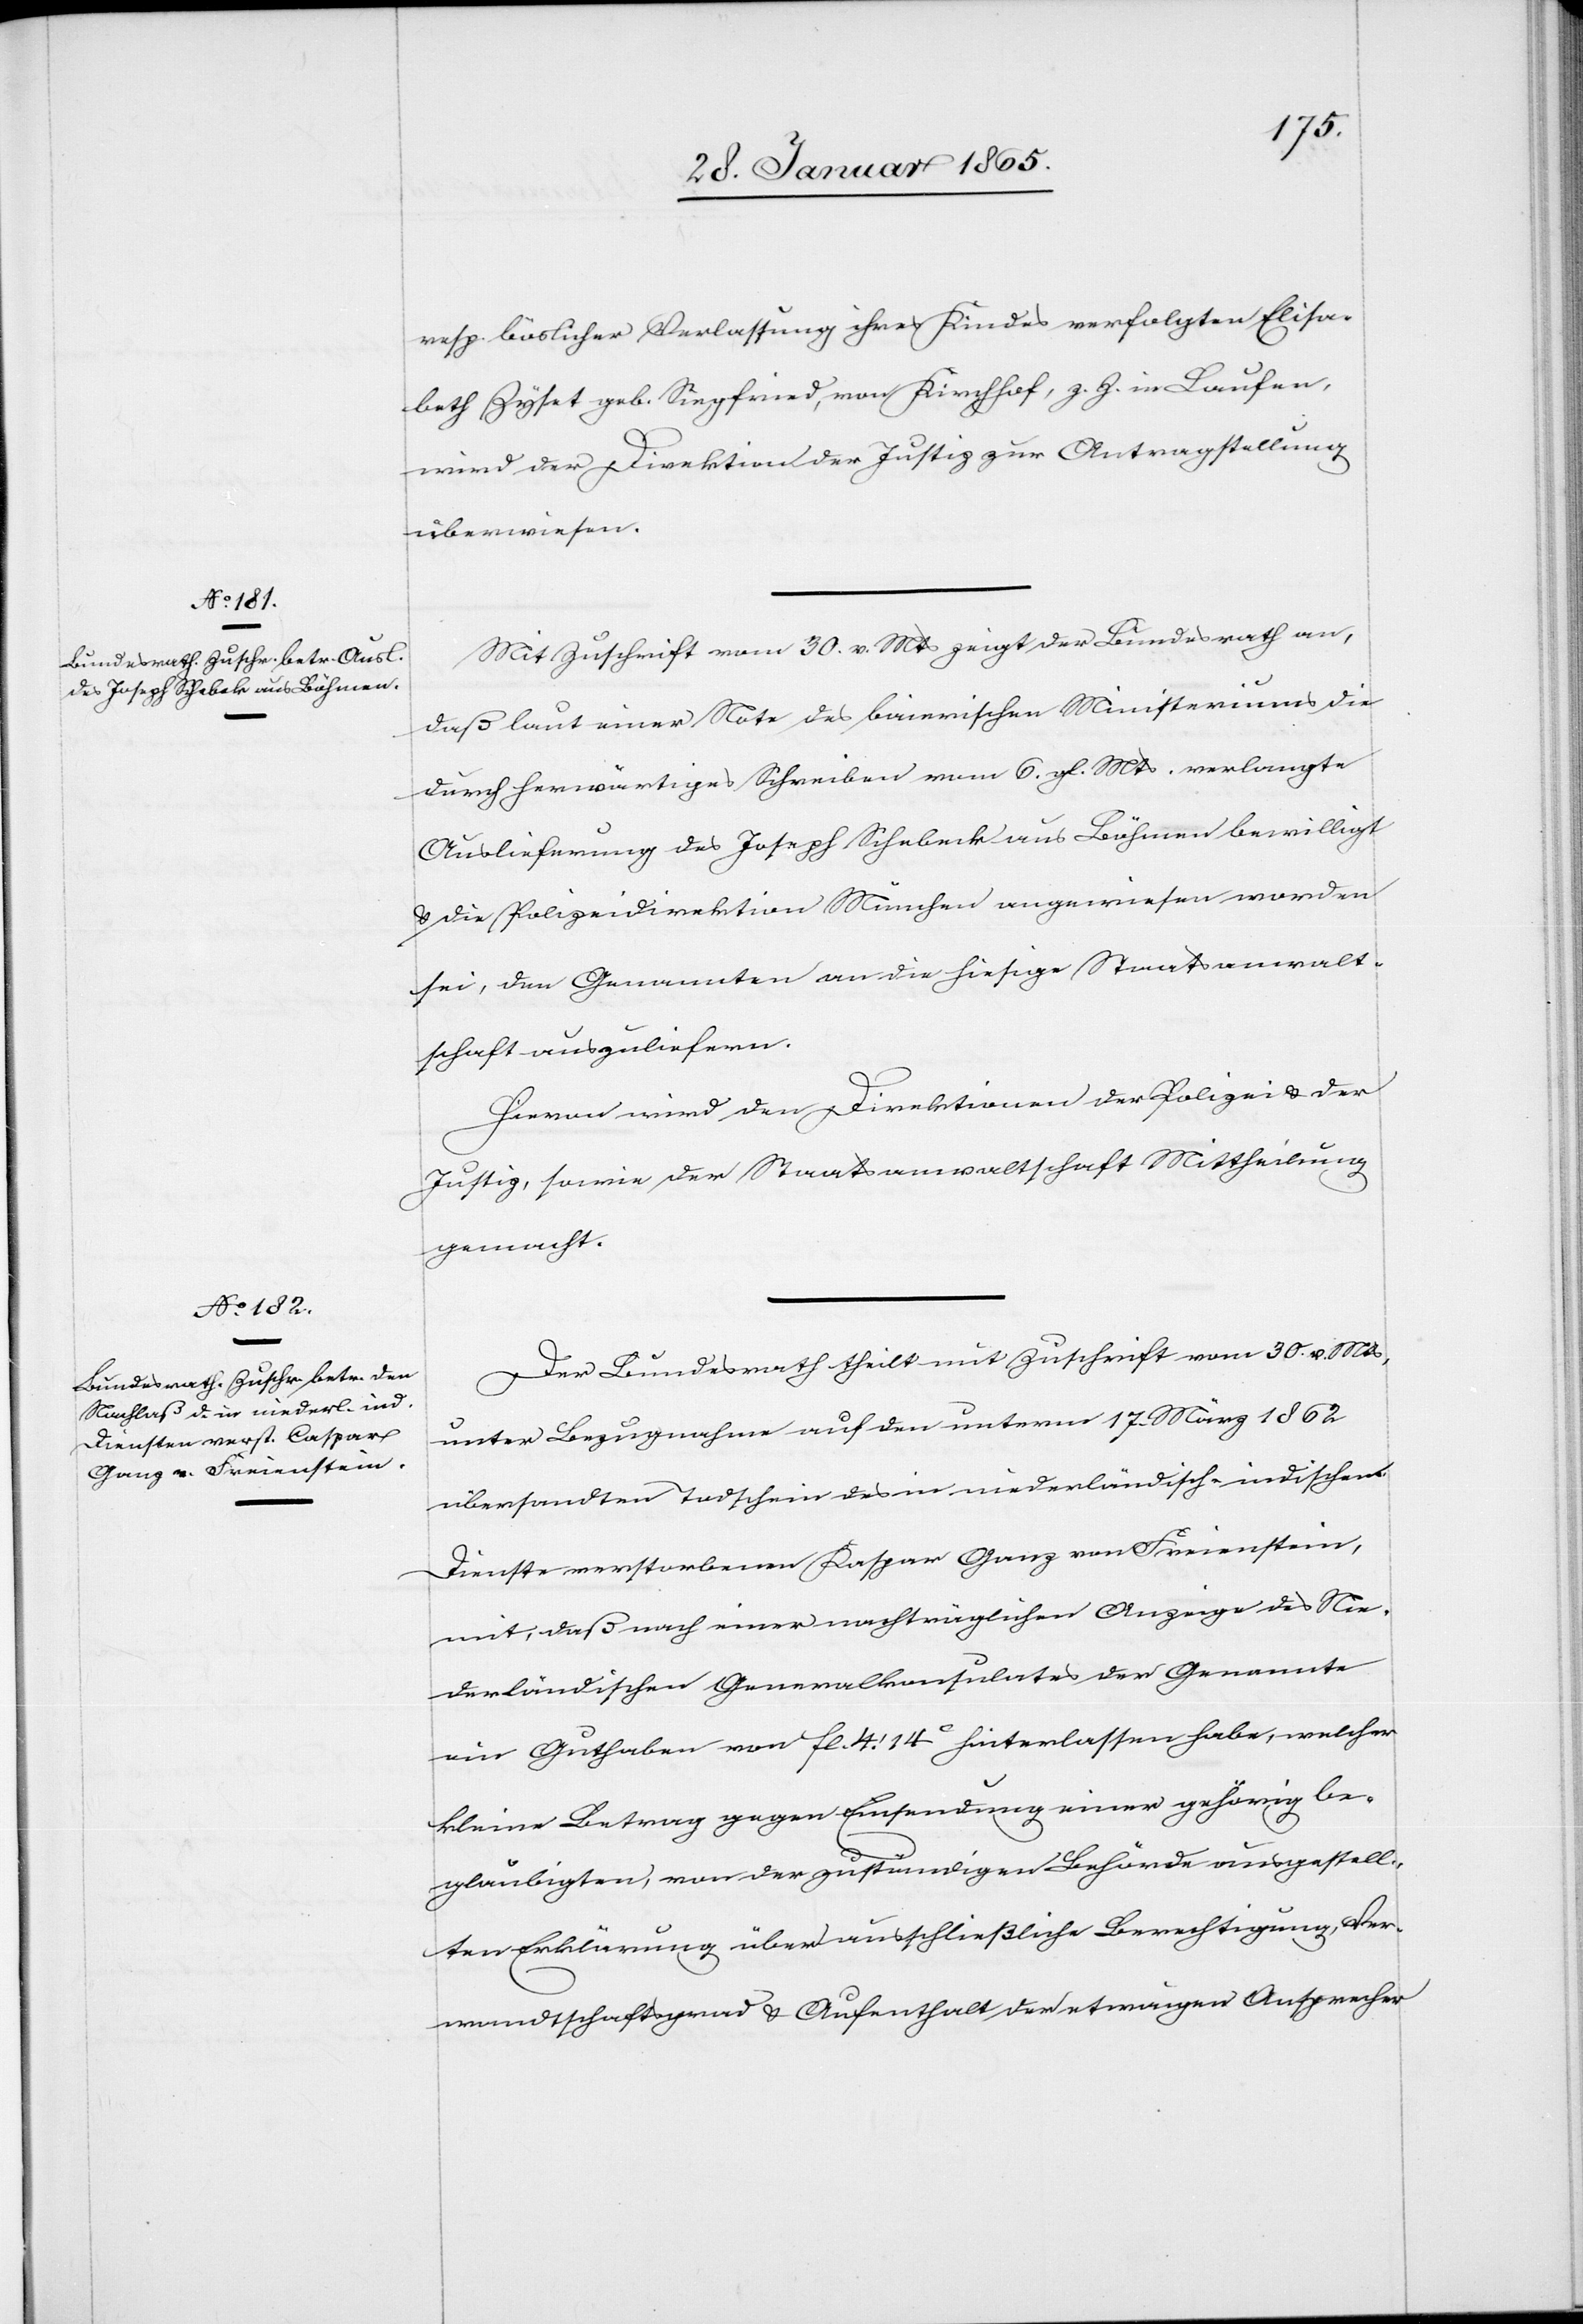
resp. böslicher Verlassung ihres Kindes verfolgten Elisa¬
beth Zyset [sic!] geb. Siegfried, von Kirchhof, z. Z. in Laufen,
wird der Direktion der Justiz zur Antragstellung
überwiesen.
Mit Zuschrift vom 30. v. Mts zeigt der Bundesrath an,
daß laut einer Note des bairischen Ministeriums die
durch herwärtiges Schreiben vom 6. gl. Mts. verlangte
Auslieferung des Joseph Schebeck [sic!] aus Böhmen bewilligt
u. die Polizeidirektion München angewiesen worden
sei, den Genannten an die hiesige Staatsanwalt¬
schaft auszuliefern.
Hievon wird den Direktionen der Polizei u. der
Justiz, sowie der Staatsanwaltschaft Mittheilung
gemacht.
Der Bundesrath theilt mit Zuschrift vom 30. v. Mts,
unter Bezugnahme auf den unterm 17. März 1862
übersandten Todtschein des in niederländisch-indischen
Dienste verstorbenen Kaspar Ganz von Freienstein,
mit, daß nach einer nachträglichen Anzeige des Nie¬
derländischen Generalkonsulates der Genannte
ein Guthaben von fl. 4. 14 C hinterlassen habe, welcher
kleine Betrag gegen Einsendung einer gehörig be¬
gläubigten, von der zuständigen Behörde ausgestell¬
ten Erklärung über ausschließliche Berechtigung, Ver¬
wandtschaftsgrad u. Aufenthalt der etwaigen Ansprecher